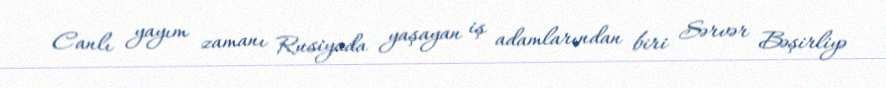
Canlı yayım zamanı Rusiyada yaşayan iş adamlarından biri Sərvər Bəşirliyə